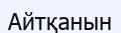
Айтқанын